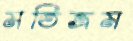
মতিভ্রম